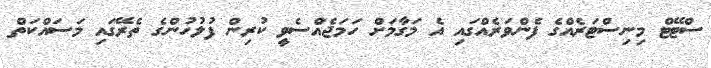
ސްޓޭޓް މިނިސްޓަރެއްގެ ފެންވަރެއްގައި އެ މަގާމަށް ހަމަޖެއްސެވީ ކުރިން ފުލުހުންގެ ތެރޭގައި މަސައްކަތް